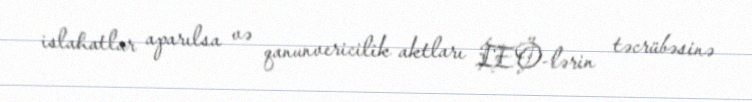
islahatlar aparılsa və qanunvericilik aktları İEÖ-lərin təcrübəsinə